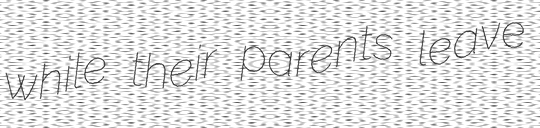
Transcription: while their parents leave